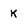
Character: K